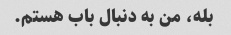
بله، من به دنبال باب هستم.